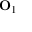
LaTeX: \mathbf { O } _ { 1 }